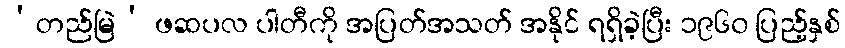
‘တည်မြဲ’ ဖဆပလ ပါတီကို အပြတ်အသတ် အနိုင် ရရှိခဲ့ပြီး ၁၉၆၀ ပြည့်နှစ်